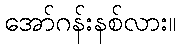
အော်ဂန်းနစ်လား။